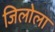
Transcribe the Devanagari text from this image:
जिलोला